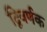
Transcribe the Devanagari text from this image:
द्विवर्णक